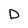
Character: D